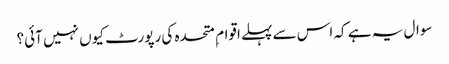
سوال یہ ہے کہ اس سے پہلے اقوام ِ متحدہ کی رپورٹ کیوں نہیں آئی؟